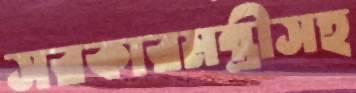
সরকারমন্ত্রীসহ